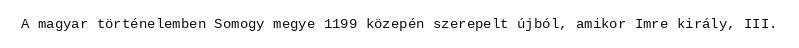
A magyar történelemben Somogy megye 1199 közepén szerepelt újból, amikor Imre király, III.